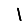
Digit: 1